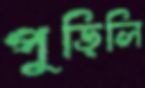
পুড়িলি